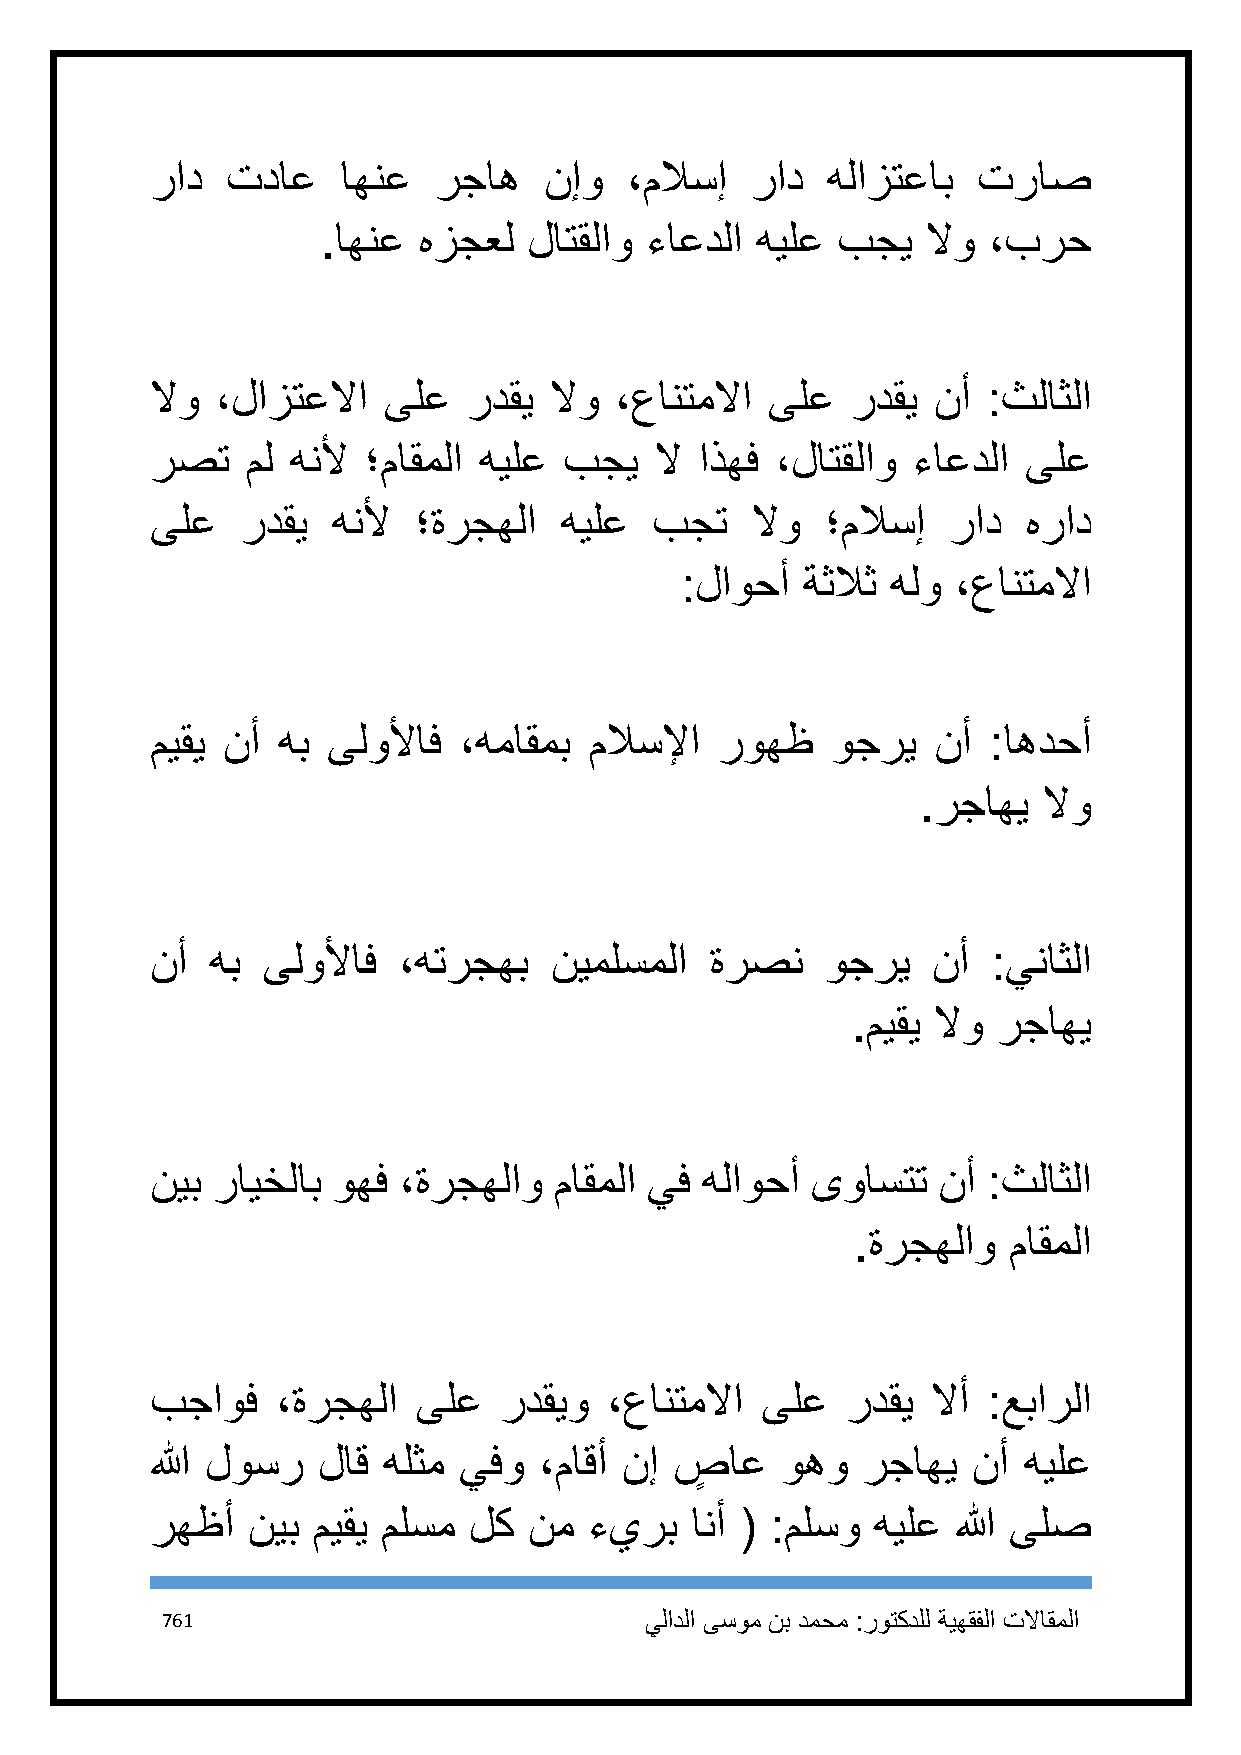
راد  تداع    اهنع  رجاه   نإو  ،ملاسإ   راد  هلازتعاب  تراص
 .اهنع  هزجعل  لاتقلاو ءاعدلا هيلع بجي   لاو ،برح
 لاو ،لازتعلاا  ىلع   ردقي لاو  ،عانتملاا ىلع  ردقي  نأ :ثلاثلا
 رصت   مل هنلأ ؛ماقملا هيلع بجي   لا اذهف ،لاتقلاو ءاعدلا  ىلع
 ىلع   ردقي  هنلأ ؛ةرجهلا   هيلع  بجت    لاو  ؛ملاسإ  راد  هراد
 :لاوحأ  ةثلاث هلو ،عانتملاا
 ميقي نأ هب  ىلولأاف ،هماقمب  ملاسلإا  روهظ   وجري   نأ :اهدحأ
 .رجاهي  لاو
 نأ  هب ىلولأاف  ،هترجهب   نيملسملا   ةرصن    وجري   نأ  :يناثلا
 .ميقي لاو رجاهي
 نيب رايخلاب وهف ،ةرجهلاو   ماقملا يف هلاوحأ ىواستت  نأ :ثلاثلا
 .ةرجهلاو  ماقملا
 بجاوف   ،ةرجهلا   ىلع  ردقيو  ،عانتملاا ىلع   ردقي  لاأ :عبارلا
 الله لوسر  لاق هلثم يفو   ،ماقأ نإ صٍ اع  وهو  رجاهي  نأ  هيلع
 رهظأ  نيب  ميقي ملسم لك  نم  ءيرب   انأ ( :ملسو هيلع الله ىلص
 761                             يلادلا ىسوم نب دمحم :روتكدلل ةيهقفلا تلااقملا